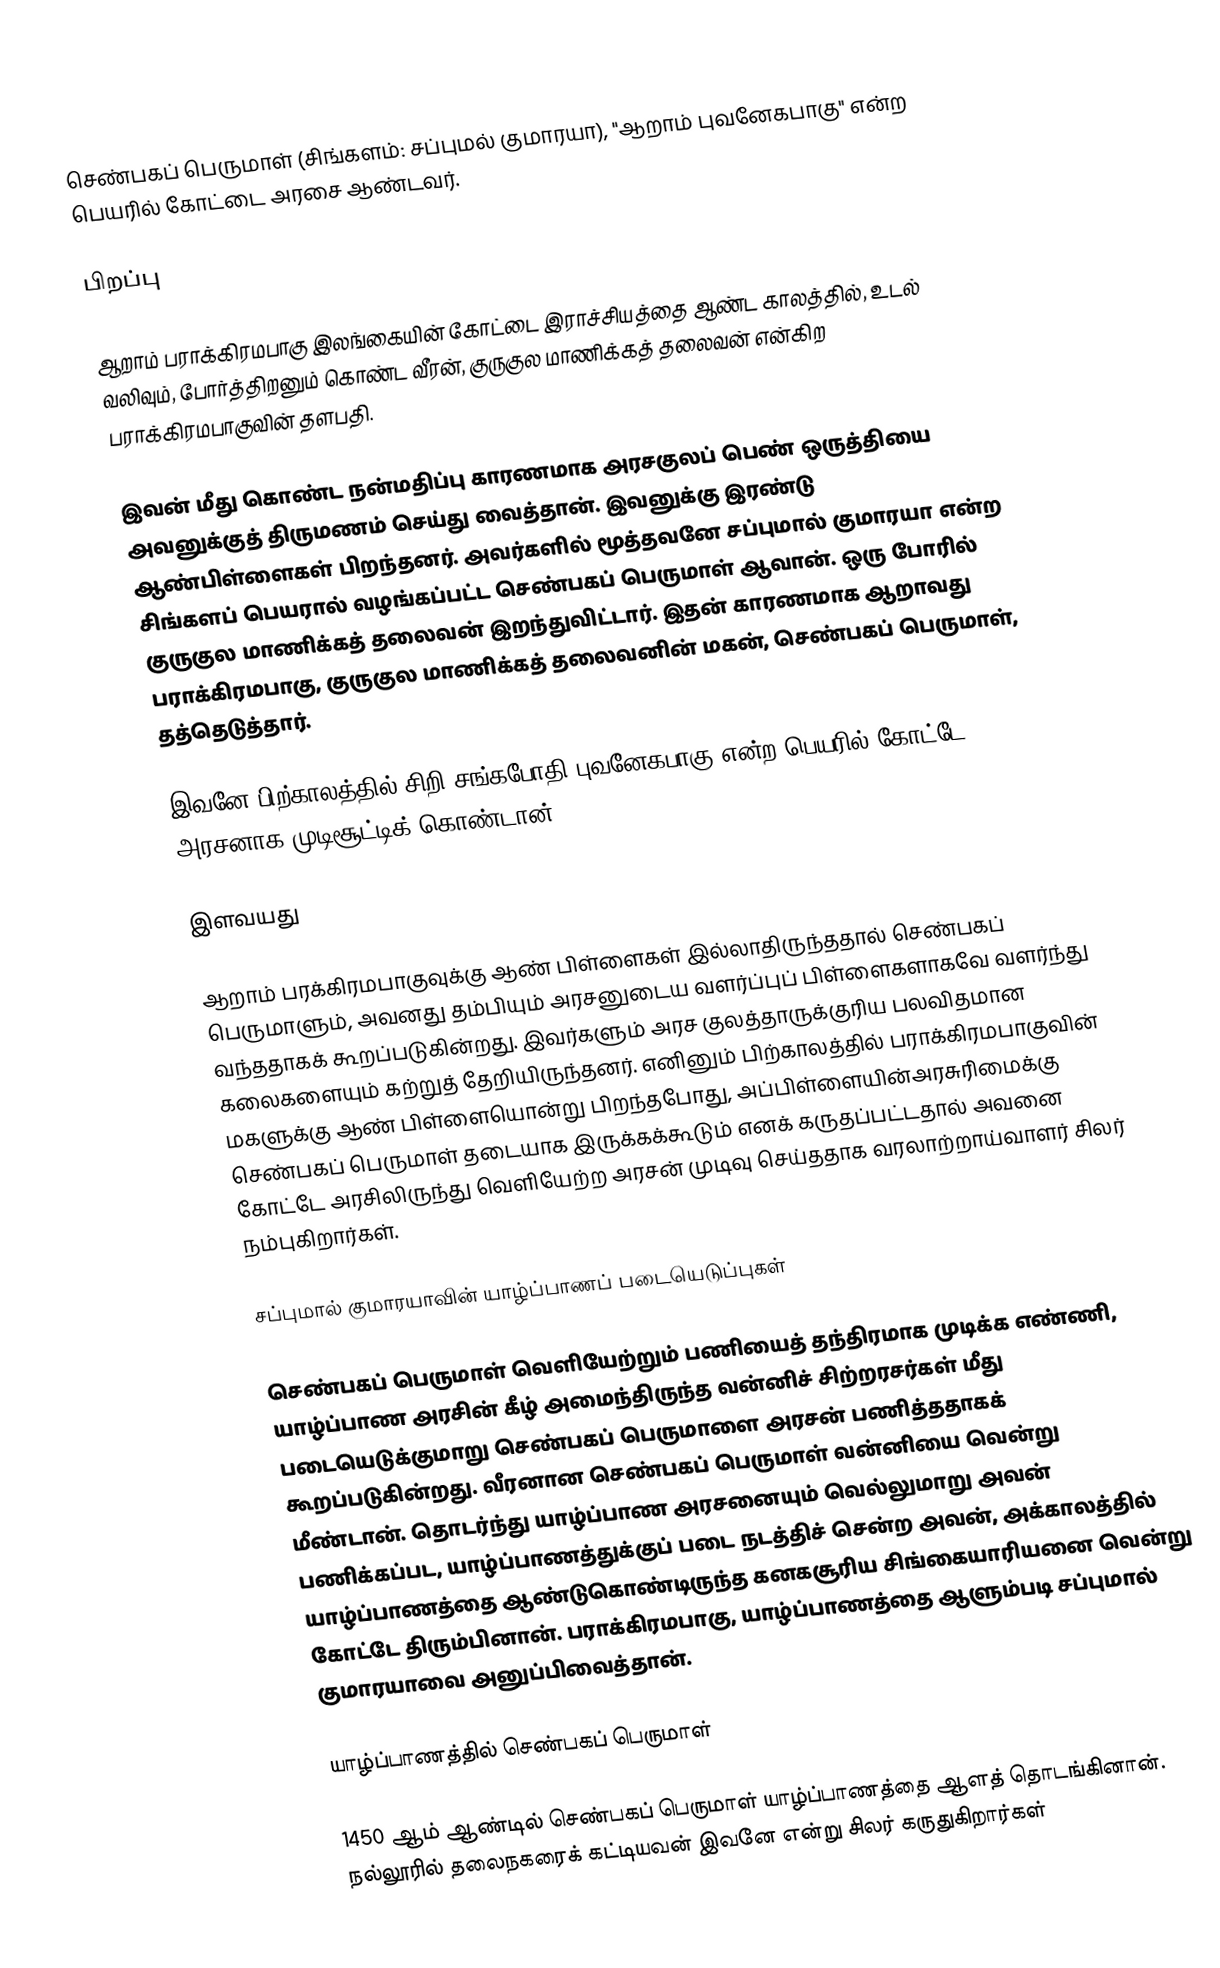
செண்பகப் பெருமாள் (சிங்களம்: சப்புமல் குமாரயா), "ஆறாம் புவனேகபாகு" என்ற பெயரில் கோட்டை அரசை ஆண்டவர்.

பிறப்பு

ஆறாம் பராக்கிரமபாகு இலங்கையின் கோட்டை இராச்சியத்தை  ஆண்ட காலத்தில், உடல் வலிவும், போர்த்திறனும் கொண்ட வீரன், குருகுல மாணிக்கத் தலைவன் என்கிற பராக்கிரமபாகுவின் தளபதி.

இவன் மீது கொண்ட நன்மதிப்பு காரணமாக அரசகுலப் பெண் ஒருத்தியை அவனுக்குத் திருமணம் செய்து வைத்தான். இவனுக்கு இரண்டு ஆண்பிள்ளைகள் பிறந்தனர். அவர்களில் மூத்தவனே சப்புமால் குமாரயா என்ற சிங்களப் பெயரால் வழங்கப்பட்ட செண்பகப் பெருமாள் ஆவான். ஒரு போரில் குருகுல மாணிக்கத் தலைவன்  இறந்துவிட்டார். இதன் காரணமாக ஆறாவது பராக்கிரமபாகு, குருகுல மாணிக்கத் தலைவனின் மகன், செண்பகப் பெருமாள், தத்தெடுத்தார்.

இவனே பிற்காலத்தில் சிறி சங்கபோதி புவனேகபாகு என்ற பெயரில் கோட்டே அரசனாக முடிசூட்டிக் கொண்டான்.

இளவயது

ஆறாம் பரக்கிரமபாகுவுக்கு ஆண் பிள்ளைகள் இல்லாதிருந்ததால் செண்பகப் பெருமாளும், அவனது தம்பியும் அரசனுடைய வளர்ப்புப் பிள்ளைகளாகவே வளர்ந்து வந்ததாகக் கூறப்படுகின்றது. இவர்களும் அரச குலத்தாருக்குரிய பலவிதமான கலைகளையும் கற்றுத் தேறியிருந்தனர். எனினும் பிற்காலத்தில் பராக்கிரமபாகுவின் மகளுக்கு ஆண் பிள்ளையொன்று பிறந்தபோது, அப்பிள்ளையின்அரசுரிமைக்கு செண்பகப் பெருமாள் தடையாக இருக்கக்கூடும் எனக் கருதப்பட்டதால் அவனை கோட்டே அரசிலிருந்து வெளியேற்ற அரசன் முடிவு செய்ததாக வரலாற்றாய்வாளர் சிலர் நம்புகிறார்கள்.

சப்புமால் குமாரயாவின் யாழ்ப்பாணப் படையெடுப்புகள்

செண்பகப் பெருமாள் வெளியேற்றும் பணியைத் தந்திரமாக முடிக்க எண்ணி, யாழ்ப்பாண அரசின் கீழ் அமைந்திருந்த வன்னிச் சிற்றரசர்கள் மீது படையெடுக்குமாறு செண்பகப் பெருமாளை அரசன் பணித்ததாகக் கூறப்படுகின்றது. வீரனான செண்பகப் பெருமாள் வன்னியை வென்று மீண்டான். தொடர்ந்து யாழ்ப்பாண அரசனையும் வெல்லுமாறு அவன் பணிக்கப்பட, யாழ்ப்பாணத்துக்குப் படை நடத்திச் சென்ற அவன், அக்காலத்தில் யாழ்ப்பாணத்தை ஆண்டுகொண்டிருந்த கனகசூரிய சிங்கையாரியனை வென்று கோட்டே திரும்பினான். பராக்கிரமபாகு, யாழ்ப்பாணத்தை ஆளும்படி சப்புமால் குமாரயாவை அனுப்பிவைத்தான்.

யாழ்ப்பாணத்தில் செண்பகப் பெருமாள்

1450 ஆம் ஆண்டில் செண்பகப் பெருமாள் யாழ்ப்பாணத்தை ஆளத் தொடங்கினான். நல்லூரில் தலைநகரைக் கட்டியவன் இவனே என்று சிலர் கருதுகிறார்கள்